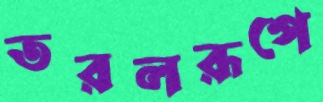
তরলরূপে